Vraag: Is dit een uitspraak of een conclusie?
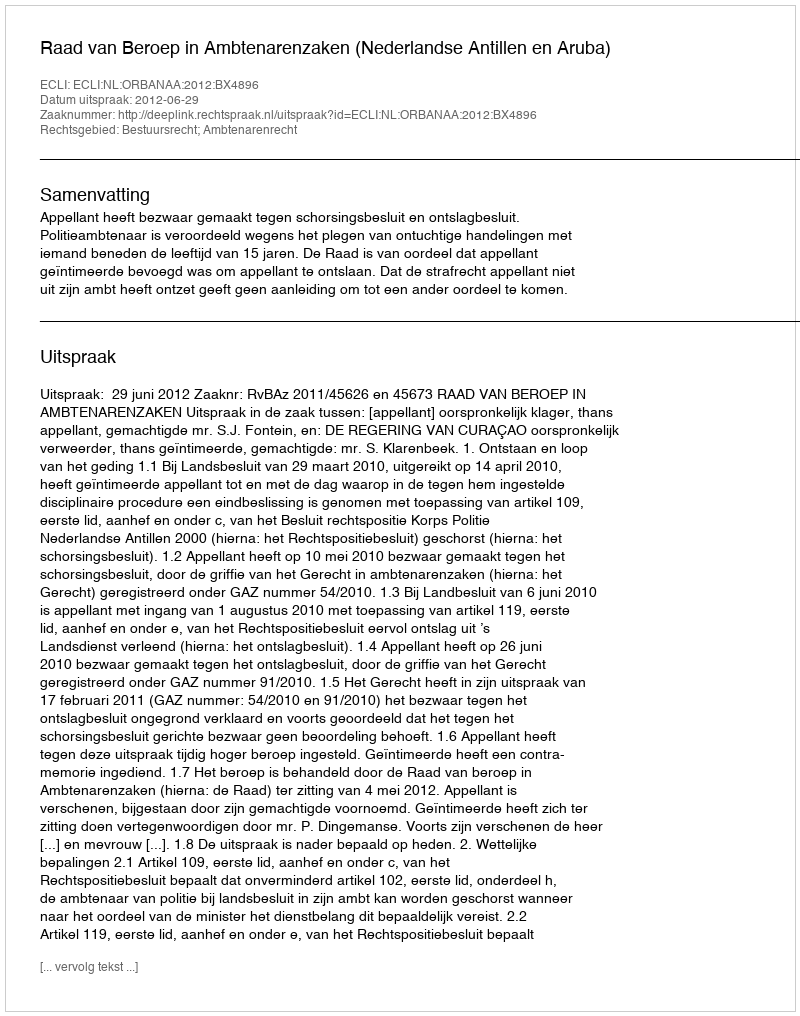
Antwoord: Uitspraak